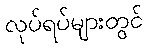
လုပ်ရပ်များတွင်